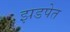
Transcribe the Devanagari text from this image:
झडपेत